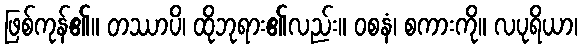
ဖြစ်ကုန်၏။ တဿာပိ၊ ထိုဘုရား၏လည်း။ ဝစနံ၊ စကားကို။ လပုရိယာ၊